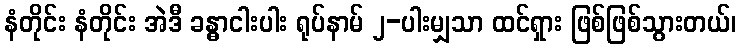
နံတိုင်း နံတိုင်း အဲဒီ ခန္ဓာငါးပါး ရုပ်နာမ် ၂-ပါးမျှသာ ထင်ရှား ဖြစ်ဖြစ်သွားတယ်၊